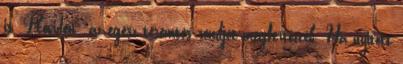
is. Röviden: az egész teremtés rendjét megfertőzték. Ha nyitott